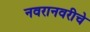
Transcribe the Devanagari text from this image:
नवरानवरीचे